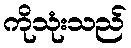
ကိုသုံးသည်